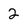
Character: 2